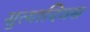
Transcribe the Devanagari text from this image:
सुत्यादिवस